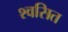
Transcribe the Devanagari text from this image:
श्वसित